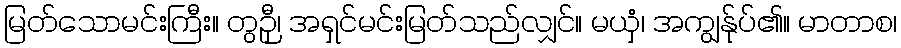
မြတ်သောမင်းကြီး။ တွဉှီ၊ အရှင်မင်းမြတ်သည်လျှင်။ မယှံ၊ အကျွန်ုပ်၏။ မာတာစ၊